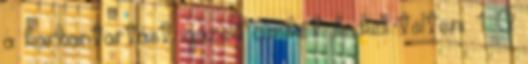
a karbantartást igazoló címkét ki kell tölteni. 1. A